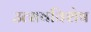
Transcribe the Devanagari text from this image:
उत्सवविशेष